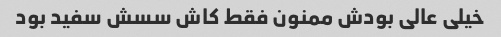
خیلی عالی بودش ممنون فقط کاش سسش سفید بود